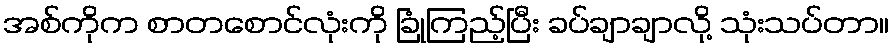
အစ်ကိုက စာတစောင်လုံးကို ခြုံကြည့်ပြီး ခပ်ချာချာလို့ သုံးသပ်တာ။